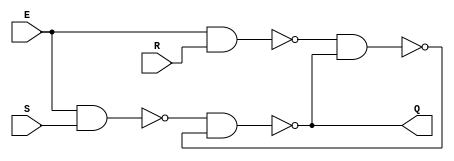
module Q1_SRLatch(input S,R,E,output Q);
  wire w1,w2,w3;
  nand #(8,6)(w1,E,S),(w2,E,R),(Q,w1,w3),(w3,w2,Q);
endmodule